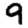
Digit: 9